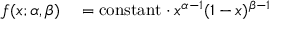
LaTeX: \begin{array} { r l } { f ( x ; \alpha , \beta ) } & { { } = \mathrm { c o n s t a n t } \cdot x ^ { \alpha - 1 } ( 1 - x ) ^ { \beta - 1 } } \end{array}